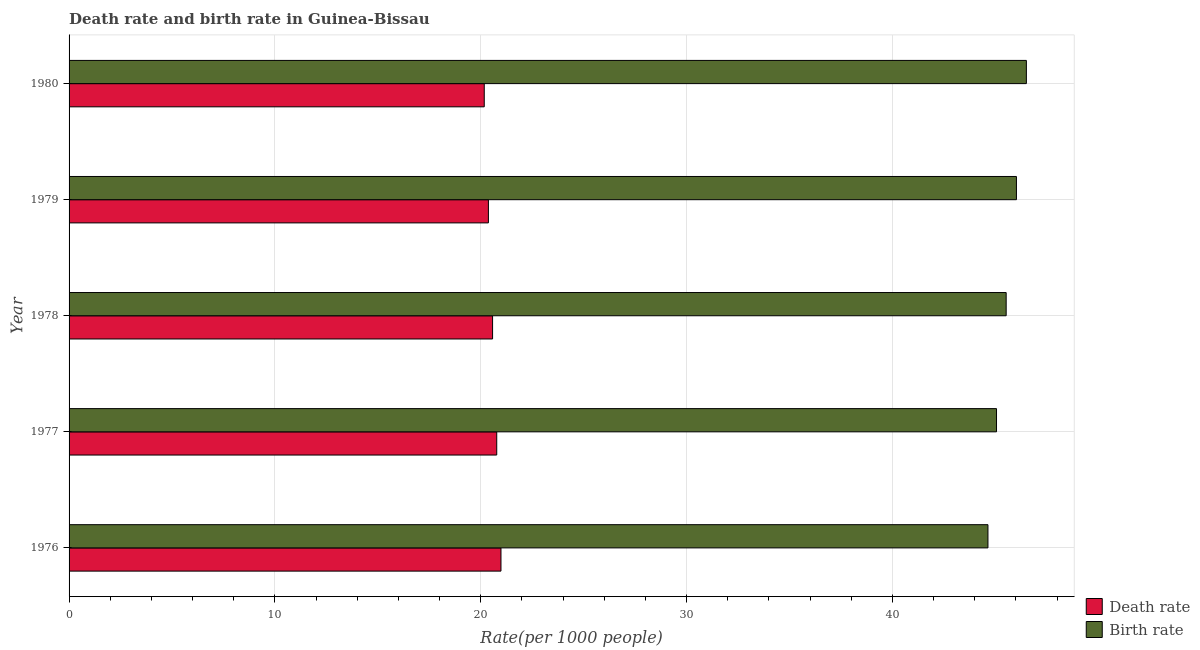
| Year | Death rate | Birth rate |
 | --- | --- | --- |
 | 1976 | 21 | 44.6 |
 | 1977 | 20.8 | 45.1 |
 | 1978 | 20.6 | 45.5 |
 | 1979 | 20.4 | 46 |
 | 1980 | 20.2 | 46.5 |